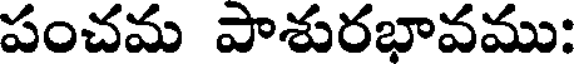
పంచమ పాశురభావము: